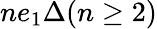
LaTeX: ne_{1}\Delta(n\geq 2)